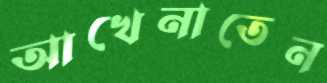
আখেনাতেন